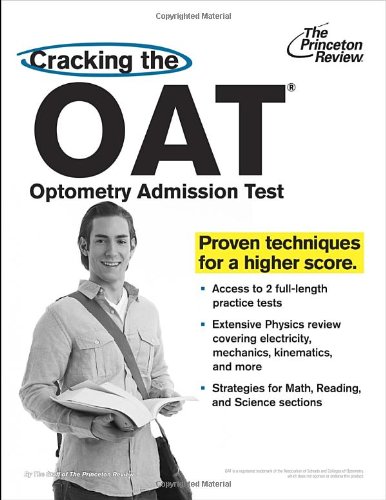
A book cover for Cracking the OAT (Optometry Admission Test) (Graduate School Test Preparation); Princeton Review; Medical Books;